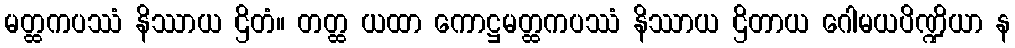
မတ္ထကပဿံ နိဿာယ ဌိတံ။ တတ္ထ ယထာ ကောဋ္ဌမတ္ထကပဿံ နိဿာယ ဌိတာယ ဂေါမယပိဏ္ဍိယာ န